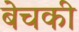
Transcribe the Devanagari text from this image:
बेचकी